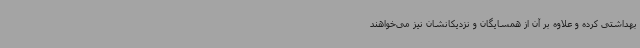
بهداشتی کرده و علاوه بر آن از همسایگان و نزدیکانشان نیز می‌خواهند